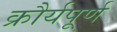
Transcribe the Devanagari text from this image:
क्रौर्यपूर्ण